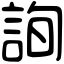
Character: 詢